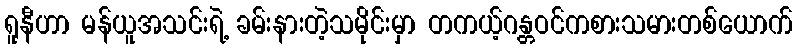
ရူနီဟာ မန်ယူအသင်းရဲ့ ခမ်းနားတဲ့သမိုင်းမှာ တကယ့်ဂန္တဝင်ကစားသမားတစ်ယောက်